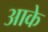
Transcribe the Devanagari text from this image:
अाके